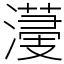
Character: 𣿯